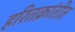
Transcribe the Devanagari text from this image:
हरितक्रांतीत